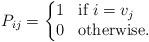
LaTeX: \begin{align*}P_{ij} = \left\{ \begin{matrix*}[l] 1 & \mbox{if } i = v_j \\ 0 & \mbox{otherwise. } \end{matrix*}\right.\end{align*}